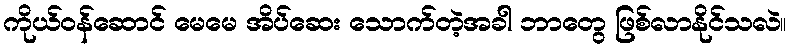
ကိုယ်ဝန်ဆောင် မေမေ အိပ်ဆေး သောက်တဲ့အခါ ဘာတွေ ဖြစ်လာနိုင်သလဲ။